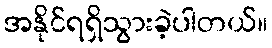
အနိုင်ရရှိသွားခဲ့ပါတယ်။